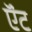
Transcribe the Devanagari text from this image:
ऍंट